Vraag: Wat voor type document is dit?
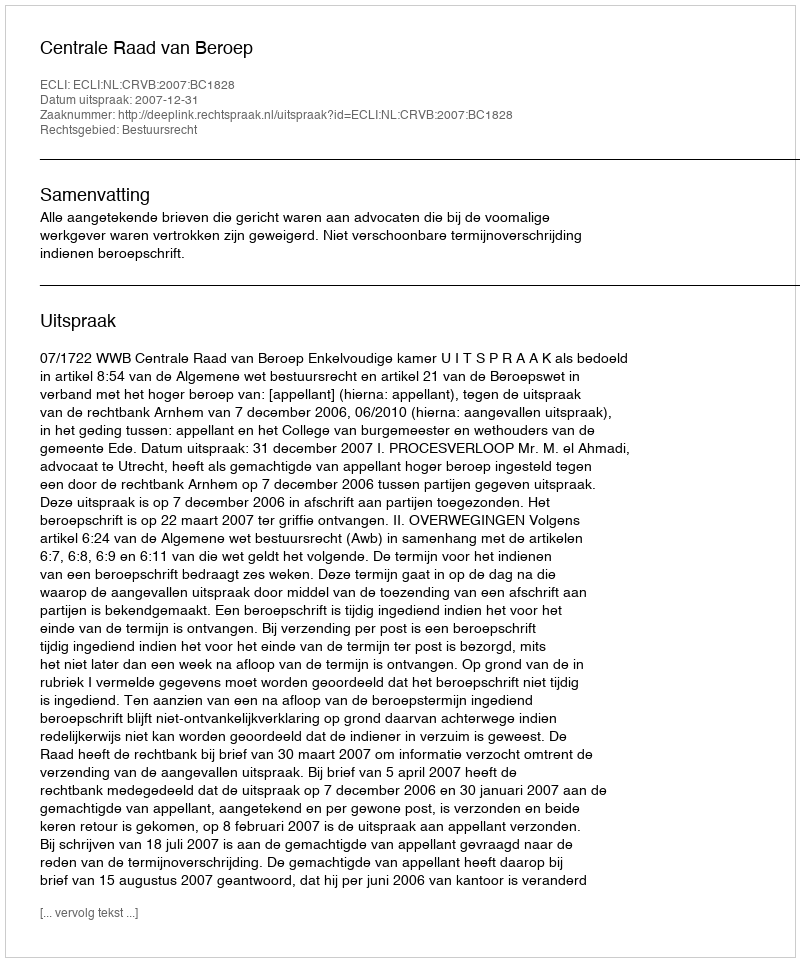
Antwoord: Uitspraak